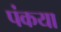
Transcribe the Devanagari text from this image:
पंकया